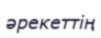
әрекеттің